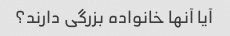
آیا آنها خانواده بزرگی دارند؟